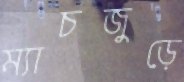
ম্যাচজুড়ে